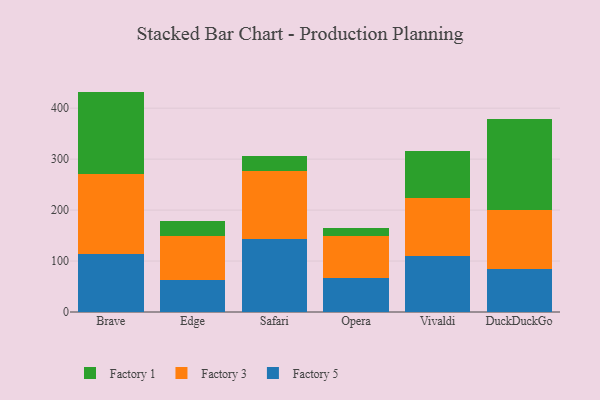
{"axis": {"x": "Browser", "y": "Waste Production (Tons)"}, "legend": ["Factory 1", "Factory 3", "Factory 5"], "data": [{"x": "Brave", "y": 114.8, "type": "Factory 5"}, {"x": "Brave", "y": 156.1, "type": "Factory 3"}, {"x": "Brave", "y": 161.6, "type": "Factory 1"}, {"x": "Edge", "y": 62.6, "type": "Factory 5"}, {"x": "Edge", "y": 85.7, "type": "Factory 3"}, {"x": "Edge", "y": 29.5, "type": "Factory 1"}, {"x": "Safari", "y": 144.2, "type": "Factory 5"}, {"x": "Safari", "y": 132.0, "type": "Factory 3"}, {"x": "Safari", "y": 30.1, "type": "Factory 1"}, {"x": "Opera", "y": 66.3, "type": "Factory 5"}, {"x": "Opera", "y": 82.5, "type": "Factory 3"}, {"x": "Opera", "y": 17.0, "type": "Factory 1"}, {"x": "Vivaldi", "y": 109.5, "type": "Factory 5"}, {"x": "Vivaldi", "y": 113.5, "type": "Factory 3"}, {"x": "Vivaldi", "y": 92.5, "type": "Factory 1"}, {"x": "DuckDuckGo", "y": 84.4, "type": "Factory 5"}, {"x": "DuckDuckGo", "y": 115.4, "type": "Factory 3"}, {"x": "DuckDuckGo", "y": 179.1, "type": "Factory 1"}]}